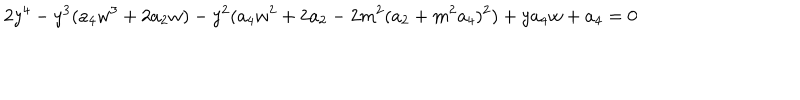
2 y ^ { 4 } - y ^ { 3 } ( a _ { 4 } w ^ { 3 } + 2 a _ { 2 } w ) - y ^ { 2 } ( a _ { 4 } w ^ { 2 } + 2 a _ { 2 } - 2 m ^ { 2 } ( a _ { 2 } + m ^ { 2 } a _ { 4 } ) ^ { 2 } ) + y a _ { 4 } w + a _ { 4 } = 0